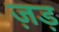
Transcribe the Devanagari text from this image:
ज़ड़